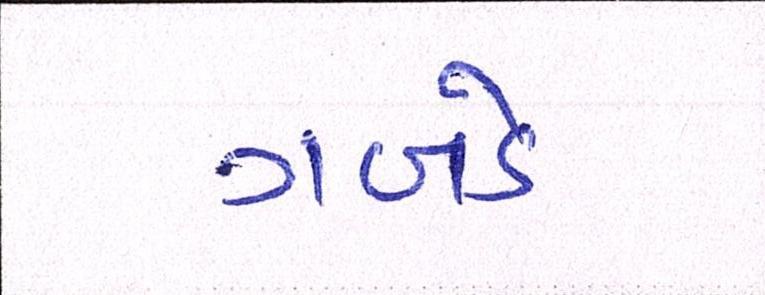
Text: ગબડે